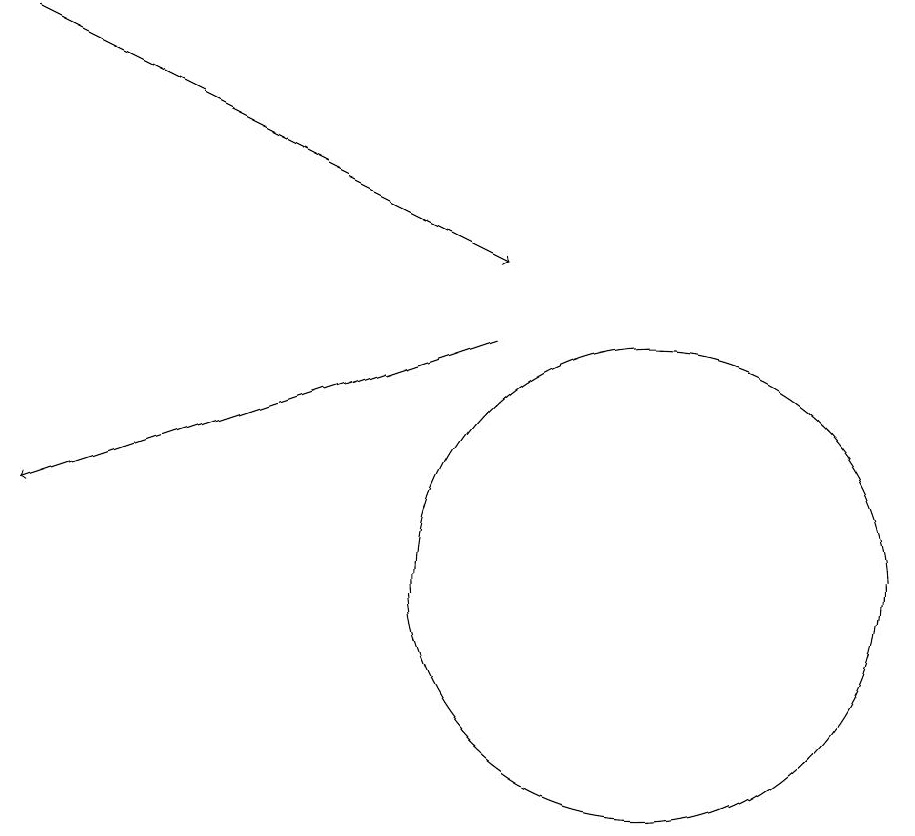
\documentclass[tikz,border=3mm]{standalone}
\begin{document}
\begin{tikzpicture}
\draw (10,10) circle (3);
\draw[->] (2,17) -- (8,14);
\draw[->] (8,13) -- (2,11);
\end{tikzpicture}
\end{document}